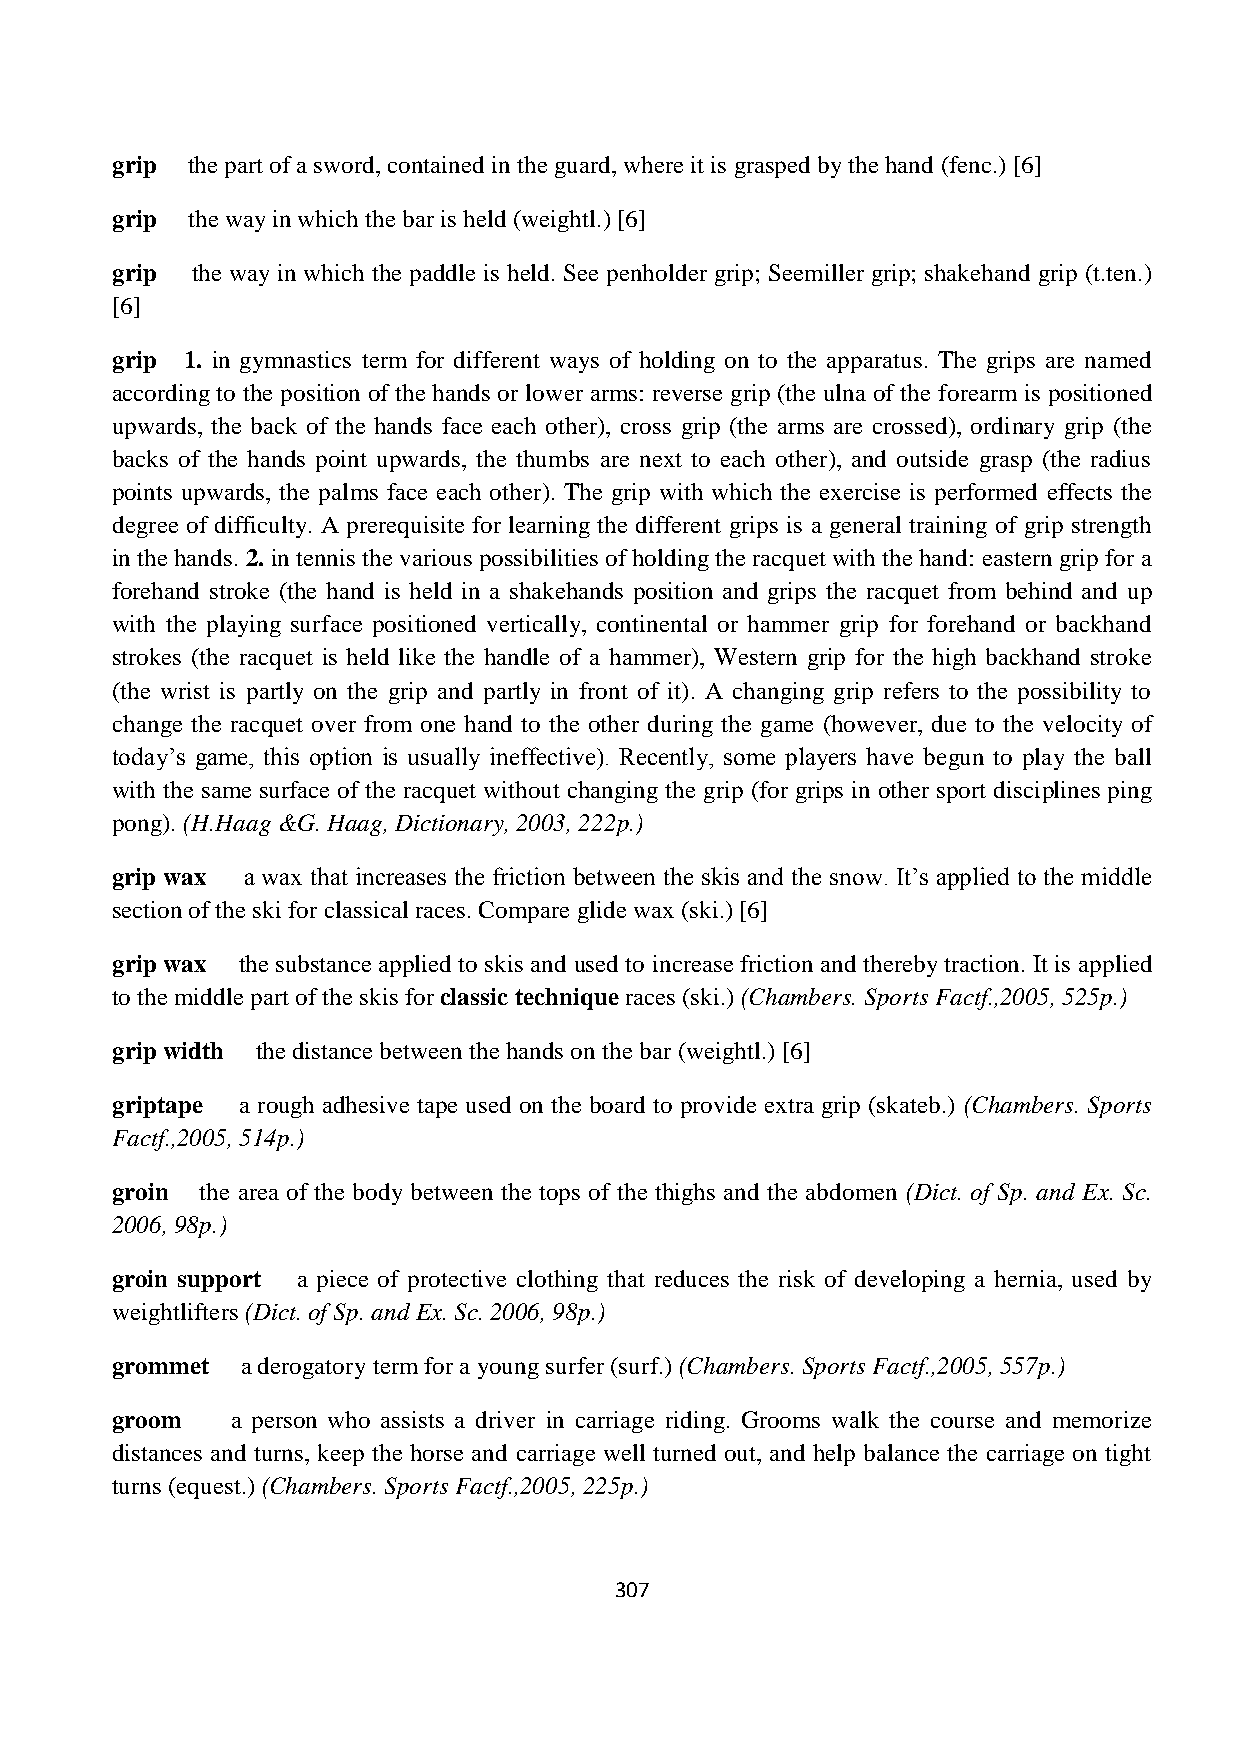
grip the part of a sword, contained in the guard, where it is grasped by the hand (fenc.) [6]
 grip the way in which the bar is held (weightl.) [6]
 grip  the way in which the paddle is held. See penholder grip; Seemiller grip; shakehand grip (t.ten.)
 [6]
 grip 1. in gymnastics term for different ways of holding on to the apparatus. The grips are named
 according to the position of the hands or lower arms: reverse grip (the ulna of the forearm is positioned
 upwards, the back of the hands face each other), cross grip (the arms are crossed), ordinary grip (the
 backs of the hands point upwards, the thumbs are next to each other), and outside grasp (the radius
 points upwards, the palms face each other). The grip with which the exercise is performed effects the
 degree of difficulty. A prerequisite for learning the different grips is a general training of grip strength
 in the hands. 2. in tennis the various possibilities of holding the racquet with the hand: eastern grip for a
 forehand stroke (the hand is held in a shakehands position and grips the racquet from behind and up
 with the playing surface positioned vertically, continental or hammer grip for forehand or backhand
 strokes (the racquet is held like the handle of a hammer), Western grip for the high backhand stroke
 (the wrist is partly on the grip and partly in front of it). A changing grip refers to the possibility to
 change the racquet over from one hand to the other during the game (however, due to the velocity of
 today‟s game, this option is usually ineffective). Recently, some players have begun to play the ball
 with the same surface of the racquet without changing the grip (for grips in other sport disciplines ping
 pong). (H.Haag &G. Haag, Dictionary, 2003, 222p.)
 grip wax a wax that increases the friction between the skis and the snow. It‟s applied to the middle
 section of the ski for classical races. Compare glide wax (ski.) [6]
 grip wax the substance applied to skis and used to increase friction and thereby traction. It is applied
 to the middle part of the skis for classic technique races (ski.) (Chambers. Sports Factf.,2005, 525p.)
 grip width the distance between the hands on the bar (weightl.) [6]
 griptape a rough adhesive tape used on the board to provide extra grip (skateb.) (Chambers. Sports
 Factf.,2005, 514p.)
 groin the area of the body between the tops of the thighs and the abdomen (Dict. of Sp. and Ex. Sc.
 2006, 98p.)
 groin support a piece of protective clothing that reduces the risk of developing a hernia, used by
 weightlifters (Dict. of Sp. and Ex. Sc. 2006, 98p.)
 grommet  a derogatory term for a young surfer (surf.) (Chambers. Sports Factf.,2005, 557p.)
 groom   a person who assists a driver in carriage riding. Grooms walk the course and memorize
 distances and turns, keep the horse and carriage well turned out, and help balance the carriage on tight
 turns (equest.) (Chambers. Sports Factf.,2005, 225p.)
 307